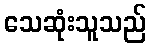
သေဆုံးသူသည်